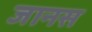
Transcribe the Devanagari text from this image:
जानस